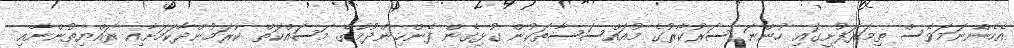
އެހެންނަމަވެސް ތިމަރަފުށީގައި ހުންނަ ސަރުކާރުގެ މުއައްސަސާތަކުން ގުޅިގެން ފެންހިންދުމުގެ މަސައްކަތް ކުރަމުންދާކަމަށާއި ރައްޔިތުންނާއި